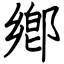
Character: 鄕